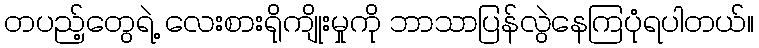
တပည့်တွေရဲ့ လေးစားရိုကျိုးမှုကို ဘာသာပြန်လွဲနေကြပုံရပါတယ်။